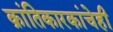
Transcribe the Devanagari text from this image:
क्रांतिकारकांचेही